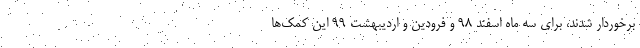
برخوردار شدند، برای سه ماه اسفند ۹۸ و فرودین و اردیبهشت ۹۹ این کمک‌ها